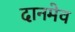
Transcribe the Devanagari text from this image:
दानमेव